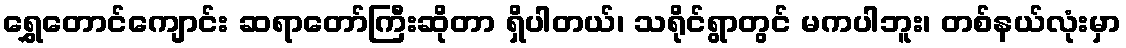
ရွှေတောင်ကျောင်း ဆရာတော်ကြီးဆိုတာ ရှိပါတယ်၊ သရိုင်ရွာတွင် မကပါဘူး၊ တစ်နယ်လုံးမှာ